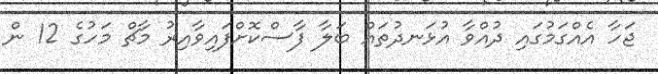
ޖަހާ އެއްގަމުގައި ދުއްވާ އުޅަނދުތައް ބަލާ ފާސްކޮށްފައިވާއިރު މާޗް މަހުގެ 12 ން